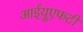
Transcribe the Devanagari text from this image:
आईयूएफटी